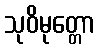
သုဝိမုတ္တော